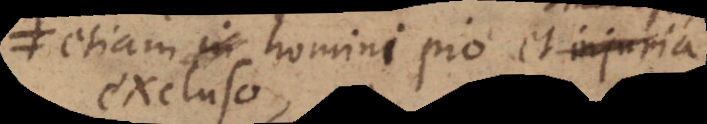
etiam in homini pio et injuria